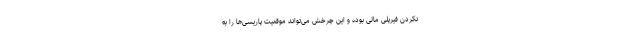
‌نکردن فیرپلی مالی بوده و این چرخش می‌تواند موقعیت پاریسی‌ها را به